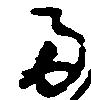
両